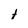
Character: t